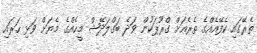
ތެރޭގައި ކެފޭއެއްގެ ތެރެއަށް ގްރޫޕަކުން ވަދެ ބަގްލަދޭޝް މީހެއްގެ މެޔަށް ވަޅި ހަރައި